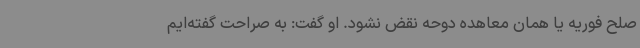
صلح فوریه یا همان معاهده دوحه نقض نشود. او گفت: به صراحت گفته‌ایم